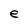
Character: e